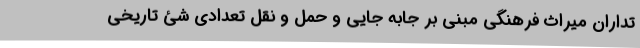
تداران میراث فرهنگی مبنی بر جابه جایی و حمل و نقل تعدادی شئ تاریخی